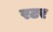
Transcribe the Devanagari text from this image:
रटर